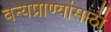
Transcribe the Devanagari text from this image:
वन्यप्राण्यांसाठी